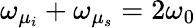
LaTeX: \omega_{\mu_{i}}+\omega_{\mu_{s}}=2\omega_{0}